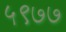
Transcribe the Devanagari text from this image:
५९७७